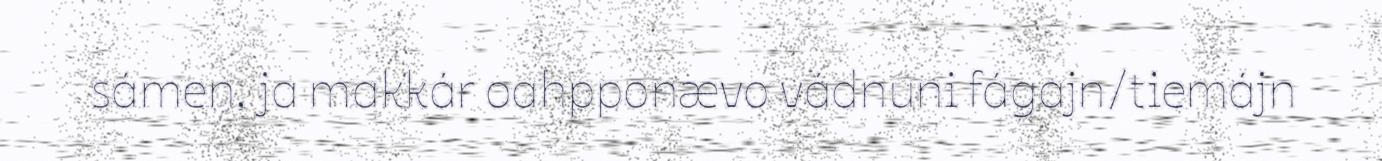
sámen, ja makkár oahpponævo vádnuni fágajn/tiemájn